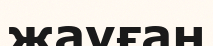
жауған